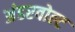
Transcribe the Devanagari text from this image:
अंडरवोल्ट